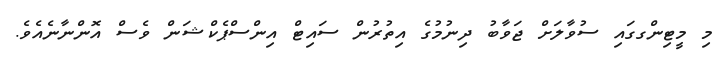
މި މީޓިންގގައި ސުވާލަށް ޖަވާބު ދިނުމުގެ އިތުރުން ސައިޓް އިންސްޕެކްޝަން ވެސް އޮންނާނެއެވެ.